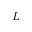
L